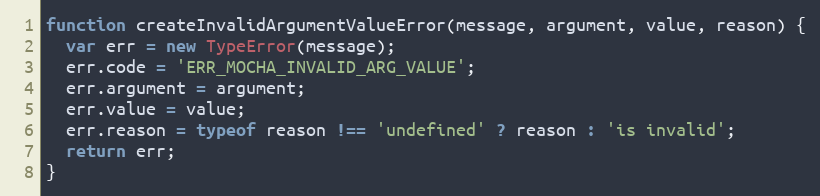
Language: JavaScript
function createInvalidArgumentValueError(message, argument, value, reason) {
  var err = new TypeError(message);
  err.code = 'ERR_MOCHA_INVALID_ARG_VALUE';
  err.argument = argument;
  err.value = value;
  err.reason = typeof reason !== 'undefined' ? reason : 'is invalid';
  return err;
}